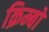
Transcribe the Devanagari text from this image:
क्रिम्बो